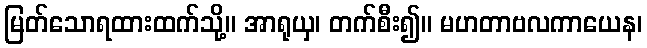
မြတ်သောရထားထက်သို့။ အာရုယှ၊ တက်စီး၍။ မဟတာဗလကာယေန၊